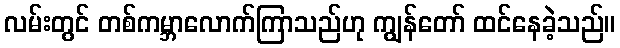
လမ်းတွင် တစ်ကမ္ဘာလောက်ကြာသည်ဟု ကျွန်တော် ထင်နေခဲ့သည်။